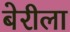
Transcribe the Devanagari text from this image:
बेरीला